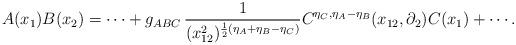
LaTeX: \begin{align*}A(x_{1})B(x_{2})=\cdots+g_{ABC}\,\frac{1}{(x_{12}^{2})^{\frac{1}{2}(\eta_{A}+\eta_{B}-\eta_{C})}}C^{\eta_{C},\eta_{A}-\eta_{B}}(x_{12},\partial_{2})C(x_{1})+\cdots{}.\end{align*}